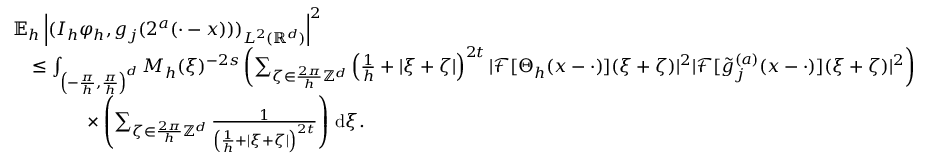
\begin{array} { r l } & { \mathbb { E } _ { h } \left| ( I _ { h } \varphi _ { h } , g _ { j } ( 2 ^ { a } ( \cdot - x ) ) ) _ { L ^ { 2 } ( \mathbb { R } ^ { d } ) } \right| ^ { 2 } } \\ & { \quad \le \int _ { \left( - \frac { \pi } { h } , \frac { \pi } { h } \right) ^ { d } } M _ { h } ( \xi ) ^ { - 2 s } \left( \sum _ { \zeta \in \frac { 2 \pi } { h } \mathbb { Z } ^ { d } } \left( \frac 1 h + | \xi + \zeta | \right) ^ { 2 t } | \mathcal { F } [ \Theta _ { h } ( x - \cdot ) ] ( \xi + \zeta ) | ^ { 2 } | \mathcal { F } [ \tilde { g } _ { j } ^ { ( a ) } ( x - \cdot ) ] ( \xi + \zeta ) | ^ { 2 } \right) } \\ & { \qquad \qquad \times \left( \sum _ { \zeta \in \frac { 2 \pi } { h } \mathbb { Z } ^ { d } } \frac { 1 } { \left( \frac 1 h + | \xi + \zeta | \right) ^ { 2 t } } \right) \, \mathrm { d } \xi . } \end{array}